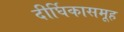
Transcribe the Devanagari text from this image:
दीर्घिकासमूह